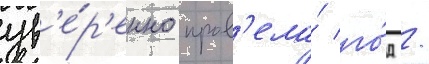
ув'е́р'енно пров'ела́ го́д /